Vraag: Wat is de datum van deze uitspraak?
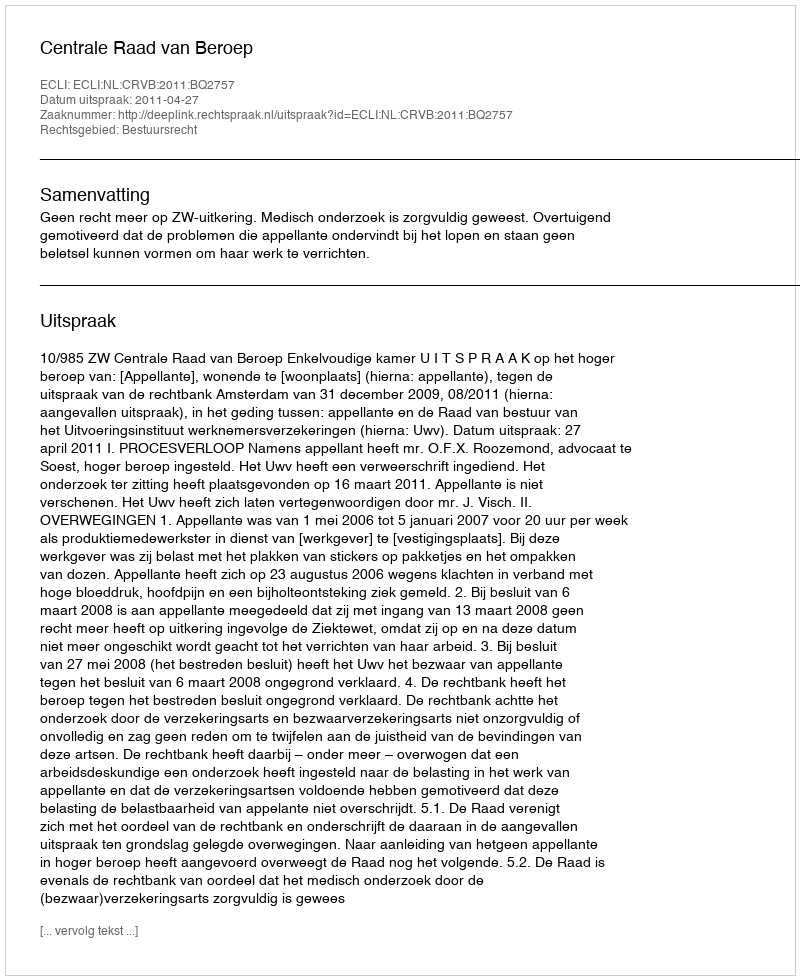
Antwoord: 2011-04-27